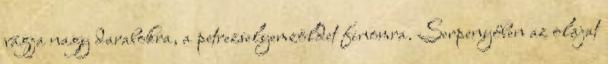
vágja nagy darabokra, a petrezselyemzöldet finomra. Serpenyőben az olajat